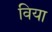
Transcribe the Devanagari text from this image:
विया